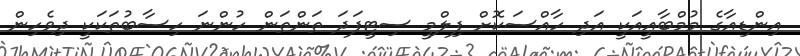
އިންޑިއާގެ މުމްބާއީއަކީ އަދި ހާއްސަކޮށް ފިލްމީ ސިޓީފަދަ ތަންތަން ހުންނަ ހިސާބުތަކަކީ ދިވެހިން